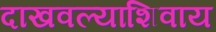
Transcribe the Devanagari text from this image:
दाखवल्याशिवाय